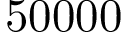
5 0 0 0 0